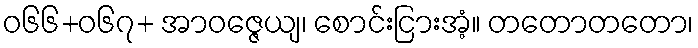
ဝ၆၆+၀၆၇+ အာဝဇ္ဇေယျ၊ စောင်းငြားအံ့။ တတောတတော၊